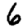
Digit: 6